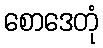
စောဒေတုံ